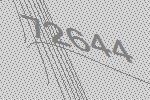
72644